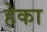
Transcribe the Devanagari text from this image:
हेका